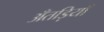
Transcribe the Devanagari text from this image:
अँतड़ियाँ